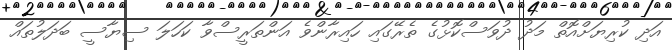
އަދި ކުރިޔަށްއޮތް މަދު ދުވަސްކޮޅުގެ ތެރޭގައި ހައިރާންވެ އަންތަރީސްވާ ކަހަލަ ސިޔާސީ ބަދަލުތައް